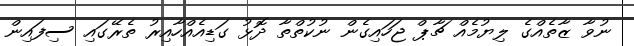
ނުވާ ޒާތެއްގެ ލިޔުމެއް ޗާޕް ޖަހައިގެން ނުކުތްތާ ދޮޅު ގަޑިއެއްހާއިރު ތެރޭގައި ސިފައިން